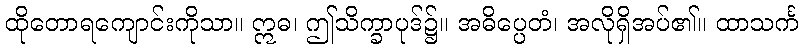
ထိုတောရကျောင်းကိုသာ။ ဣဓ၊ ဤသိက္ခာပုဒ်၌။ အဓိပ္ပေတံ၊ အလိုရှိအပ်၏။ ထာသင်္က